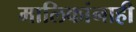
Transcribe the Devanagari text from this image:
मालिकांनाही